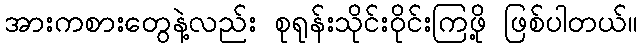
အားကစားတွေနဲ့လည်း စုရုန်းသိုင်းဝိုင်းကြဖို့ ဖြစ်ပါတယ်။